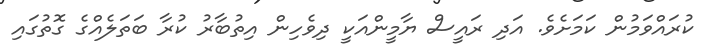
ކުރައްވަމުން ކަމަށެވެ. އަދި ރައީސް ޔާމީންއަކީ ދިވެހިން އިތުބާރު ކުރާ ބަތަލެއްގެ ގޮތުގައި